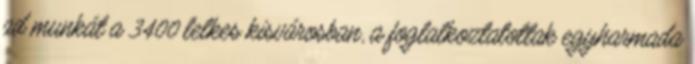
ad munkát a 3400 lelkes kisvárosban, a foglalkoztatottak egyharmada